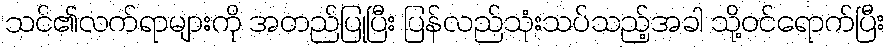
သင်၏လက်ရာများကို အတည်ပြုပြီး ပြန်လည်သုံးသပ်သည့်အခါ သို့ဝင်ရောက်ပြီး